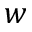
w